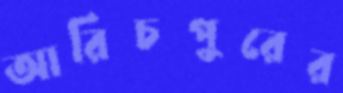
আরিচপুরের